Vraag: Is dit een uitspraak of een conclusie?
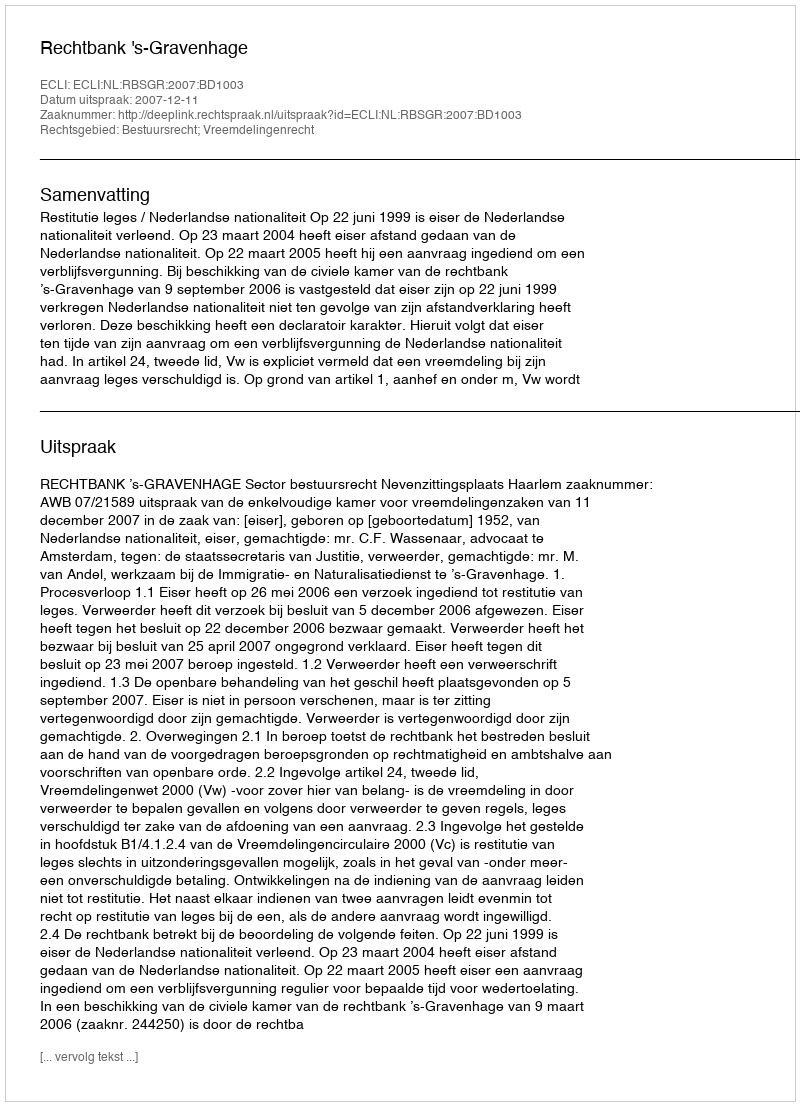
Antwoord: Uitspraak